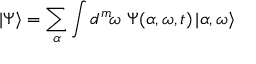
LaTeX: | \Psi \rangle = \sum _ { \boldsymbol { \alpha } } \int d ^ { m } \! { \boldsymbol { \omega } } \, \, \Psi ( { \boldsymbol { \alpha } } , { \boldsymbol { \omega } } , t ) \, | { \boldsymbol { \alpha } } , { \boldsymbol { \omega } } \rangle